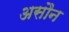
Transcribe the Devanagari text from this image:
असौन